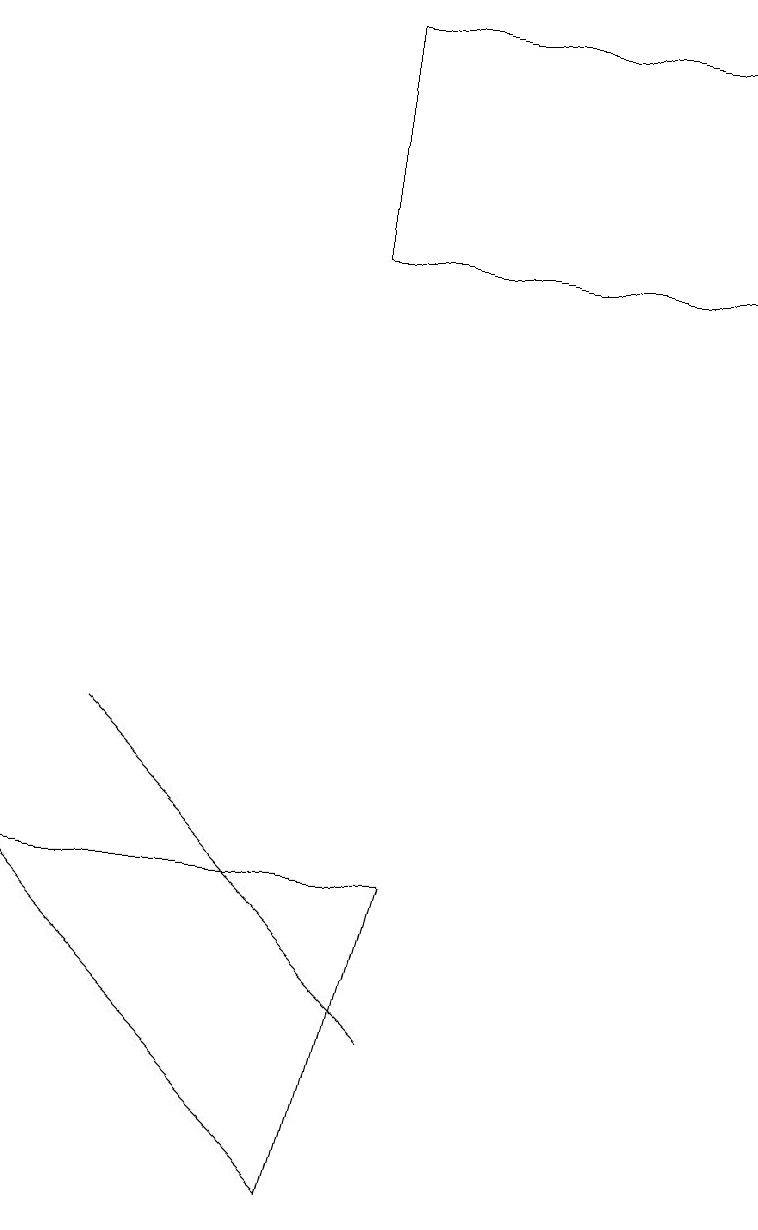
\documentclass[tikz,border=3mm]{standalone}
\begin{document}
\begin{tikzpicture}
\draw (5,5) -- (0,5) -- (4,1) -- cycle;
\draw (1,7) -- (5,3) -- (1,7) -- cycle;
\draw (9,16) rectangle (4,13);
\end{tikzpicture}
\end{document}